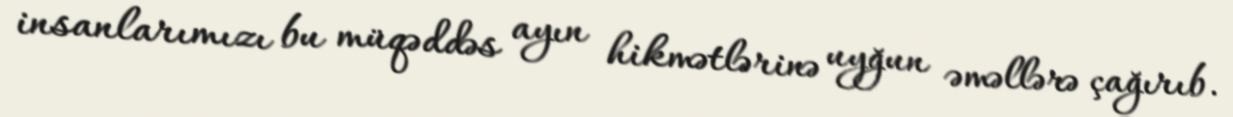
insanlarımızı bu müqəddəs ayın hikmətlərinə uyğun əməllərə çağırıb.